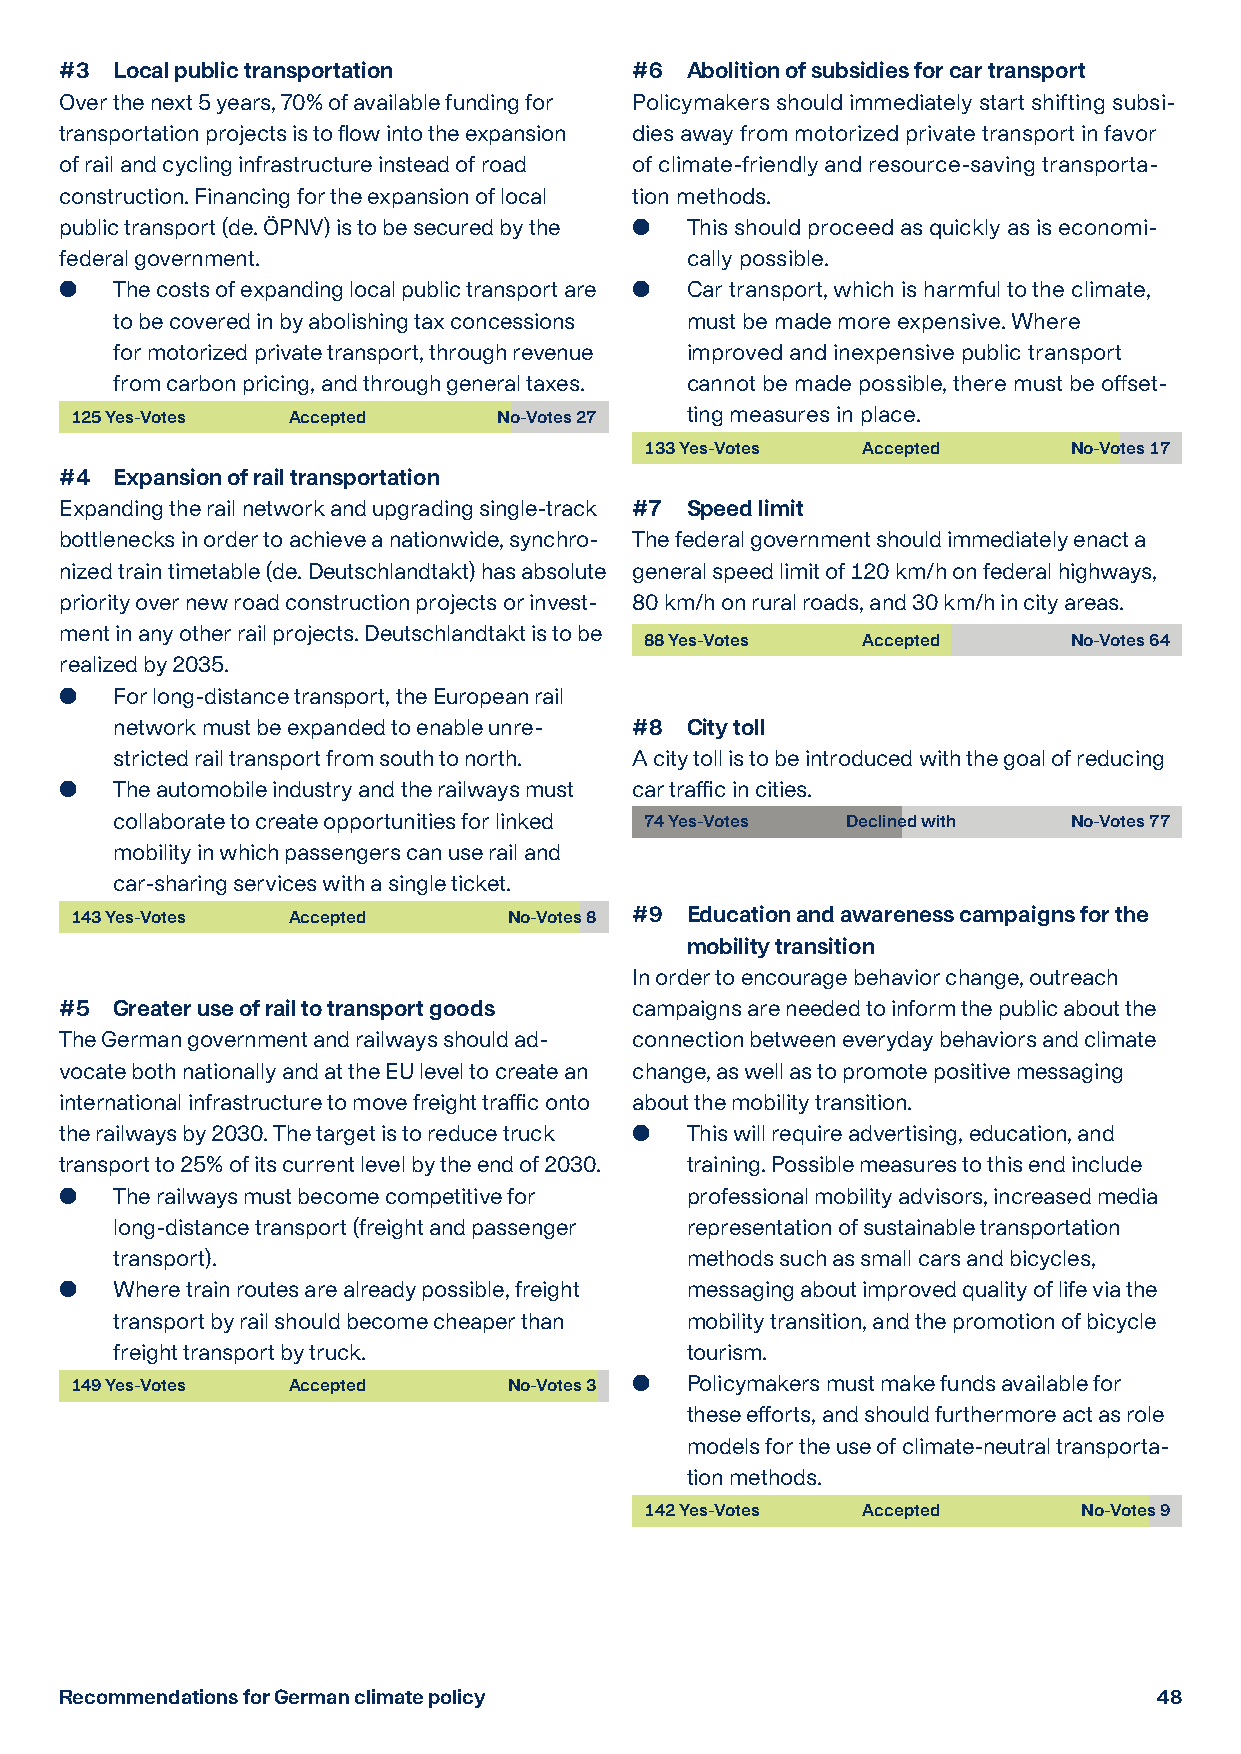
#3 Local public transportation        #6 Abolition of subsidies for car transport
 Over the next 5 years, 70% of available funding for Policymakers should immediately start shifting subsi-
 transportation projects is to flow into the expansion dies away from motorized private transport in favor
 of rail and cycling infrastructure instead of road of climate-friendly and resource-saving transporta-
 construction. Financing for the expansion of local tion methods.
 public transport (de. ÖPNV) is to be secured by the  T his should proceed as quickly as is economi-
 federal government.                      cally possible.
   T he costs of expanding local public transport are  C ar transport, which is harmful to the climate,
 to be covered in by abolishing tax concessions must be made more expensive. Where
 for motorized private transport, through revenue improved and inexpensive public transport
 from carbon pricing, and through general taxes. cannot be made possible, there must be offset-
 125 Yes-Votes Accepted      No-Votes 27 ting measures in place.
 133 Yes-Votes Accepted      No-Votes 17
 #4 E xpansion of rail transportation
 Expanding the rail network and upgrading single-track #7 Speed limit
 bottlenecks in order to achieve a nationwide, synchro- The federal government should immediately enact a
 nized train timetable (de. Deutschlandtakt) has absolute general speed limit of 120 km/h on federal highways,
 priority over new road construction projects or invest- 80 km/h on rural roads, and 30 km/h in city areas.
 ment in any other rail projects. Deutschlandtakt is to be
 88 Yes-Votes  Accepted      No-Votes 64
 realized by 2035.
   F or long-distance transport, the European rail
 network must be expanded to enable unre- #8 City toll
 stricted rail transport from south to north. A city toll is to be introduced with the goal of reducing
   T he automobile industry and the railways must car traffic in cities.
 collaborate to create opportunities for linked 74 Yes-Votes Declined with No-Votes 77
 mobility in which passengers can use rail and
 car-sharing services with a single ticket.
 143 Yes-Votes Accepted       No-Votes 8 #9 E ducation and awareness campaigns for the
 mobility transition
 In order to encourage behavior change, outreach
 #5 Greater use of rail to transport goods campaigns are needed to inform the public about the
 The German government and railways should ad- connection between everyday behaviors and climate
 vocate both nationally and at the EU level to create an change, as well as to promote positive messaging
 international infrastructure to move freight traffic onto about the mobility transition.
 the railways by 2030. The target is to reduce truck  T his will require advertising, education, and
 transport to 25% of its current level by the end of 2030. training. Possible measures to this end include
   T he railways must become competitive for professional mobility advisors, increased media
 long-distance transport (freight and passenger representation of sustainable transportation
 transport).                           methods such as small cars and bicycles,
   W here train routes are already possible, freight messaging about improved quality of life via the
 transport by rail should become cheaper than mobility transition, and the promotion of bicycle
 freight transport by truck.           tourism.
 149 Yes-Votes Accepted       No-Votes 3  P olicymakers must make funds available for
 these efforts, and should furthermore act as role
 models for the use of climate-neutral transporta-
 tion methods.
 142 Yes-Votes Accepted       No-Votes 9
 Recommendations for German climate policy                                48